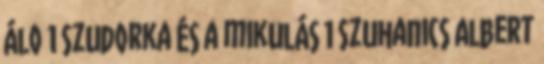
álo 1 Szudorka és a mikulás 1 Szuhanics Albert